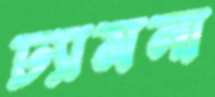
ঢ্যামনা